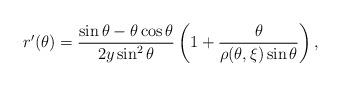
LaTeX: \begin{align*}r^\prime(\theta)=\frac{\sin\theta-\theta\cos\theta}{2y\sin^2\theta}\left(1+\frac{\theta}{\rho(\theta,\xi)\sin\theta}\right), \end{align*}